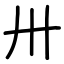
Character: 卅